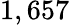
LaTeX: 1,657